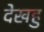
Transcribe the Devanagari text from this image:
देखहु